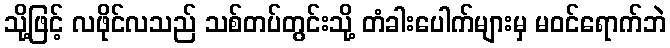
သို့ဖြင့် လဖိုင်လသည် သစ်တပ်တွင်းသို့ တံခါးပေါက်များမှ မဝင်ရောက်ဘဲ